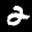
Label: 2